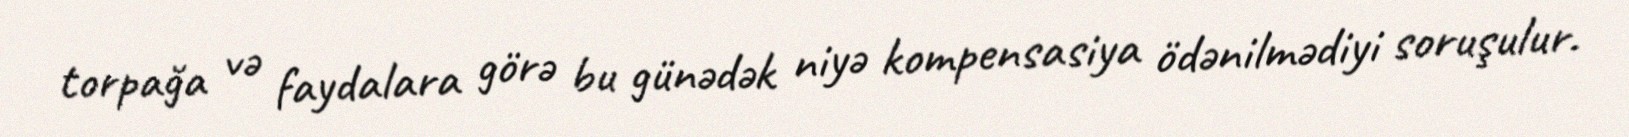
torpağa və faydalara görə bu günədək niyə kompensasiya ödənilmədiyi soruşulur.